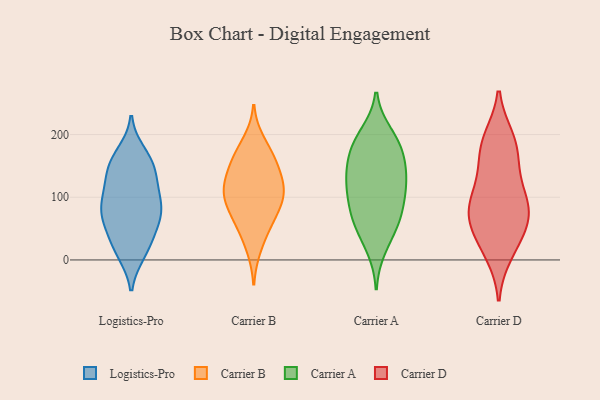
{"axis": {"x": "Population (Million)", "y": "Value"}, "legend": ["Carrier A", "Carrier B", "Carrier D", "Logistics-Pro"], "data": [{"x": "", "y": 122, "type": "Logistics-Pro"}, {"x": "", "y": 75, "type": "Logistics-Pro"}, {"x": "", "y": 114, "type": "Logistics-Pro"}, {"x": "", "y": 76, "type": "Logistics-Pro"}, {"x": "", "y": 92, "type": "Logistics-Pro"}, {"x": "", "y": 15, "type": "Logistics-Pro"}, {"x": "", "y": 150, "type": "Logistics-Pro"}, {"x": "", "y": 111, "type": "Logistics-Pro"}, {"x": "", "y": 40, "type": "Logistics-Pro"}, {"x": "", "y": 18, "type": "Logistics-Pro"}, {"x": "", "y": 155, "type": "Logistics-Pro"}, {"x": "", "y": 50, "type": "Logistics-Pro"}, {"x": "", "y": 159, "type": "Logistics-Pro"}, {"x": "", "y": 79, "type": "Logistics-Pro"}, {"x": "", "y": 142, "type": "Logistics-Pro"}, {"x": "", "y": 170, "type": "Logistics-Pro"}, {"x": "", "y": 66, "type": "Logistics-Pro"}, {"x": "", "y": 79, "type": "Logistics-Pro"}, {"x": "", "y": 11, "type": "Logistics-Pro"}, {"x": "", "y": 102, "type": "Carrier B"}, {"x": "", "y": 19, "type": "Carrier B"}, {"x": "", "y": 151, "type": "Carrier B"}, {"x": "", "y": 69, "type": "Carrier B"}, {"x": "", "y": 106, "type": "Carrier B"}, {"x": "", "y": 162, "type": "Carrier B"}, {"x": "", "y": 65, "type": "Carrier B"}, {"x": "", "y": 169, "type": "Carrier B"}, {"x": "", "y": 107, "type": "Carrier B"}, {"x": "", "y": 136, "type": "Carrier B"}, {"x": "", "y": 131, "type": "Carrier B"}, {"x": "", "y": 189, "type": "Carrier B"}, {"x": "", "y": 92, "type": "Carrier B"}, {"x": "", "y": 51, "type": "Carrier B"}, {"x": "", "y": 109, "type": "Carrier B"}, {"x": "", "y": 73, "type": "Carrier A"}, {"x": "", "y": 64, "type": "Carrier A"}, {"x": "", "y": 181, "type": "Carrier A"}, {"x": "", "y": 67, "type": "Carrier A"}, {"x": "", "y": 111, "type": "Carrier A"}, {"x": "", "y": 121, "type": "Carrier A"}, {"x": "", "y": 20, "type": "Carrier A"}, {"x": "", "y": 188, "type": "Carrier A"}, {"x": "", "y": 200, "type": "Carrier A"}, {"x": "", "y": 150, "type": "Carrier A"}, {"x": "", "y": 183, "type": "Carrier A"}, {"x": "", "y": 141, "type": "Carrier A"}, {"x": "", "y": 117, "type": "Carrier A"}, {"x": "", "y": 148, "type": "Carrier A"}, {"x": "", "y": 97, "type": "Carrier A"}, {"x": "", "y": 47, "type": "Carrier A"}, {"x": "", "y": 95, "type": "Carrier D"}, {"x": "", "y": 52, "type": "Carrier D"}, {"x": "", "y": 134, "type": "Carrier D"}, {"x": "", "y": 183, "type": "Carrier D"}, {"x": "", "y": 54, "type": "Carrier D"}, {"x": "", "y": 153, "type": "Carrier D"}, {"x": "", "y": 96, "type": "Carrier D"}, {"x": "", "y": 193, "type": "Carrier D"}, {"x": "", "y": 11, "type": "Carrier D"}, {"x": "", "y": 21, "type": "Carrier D"}, {"x": "", "y": 187, "type": "Carrier D"}, {"x": "", "y": 80, "type": "Carrier D"}, {"x": "", "y": 87, "type": "Carrier D"}, {"x": "", "y": 65, "type": "Carrier D"}]}